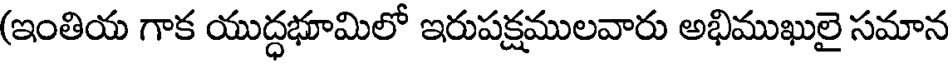
(ఇంతియ గాక యుద్ధభూమిలో ఇరుపక్షములవారు అభిముఖులై సమాన